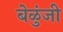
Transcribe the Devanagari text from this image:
बेळुंजी